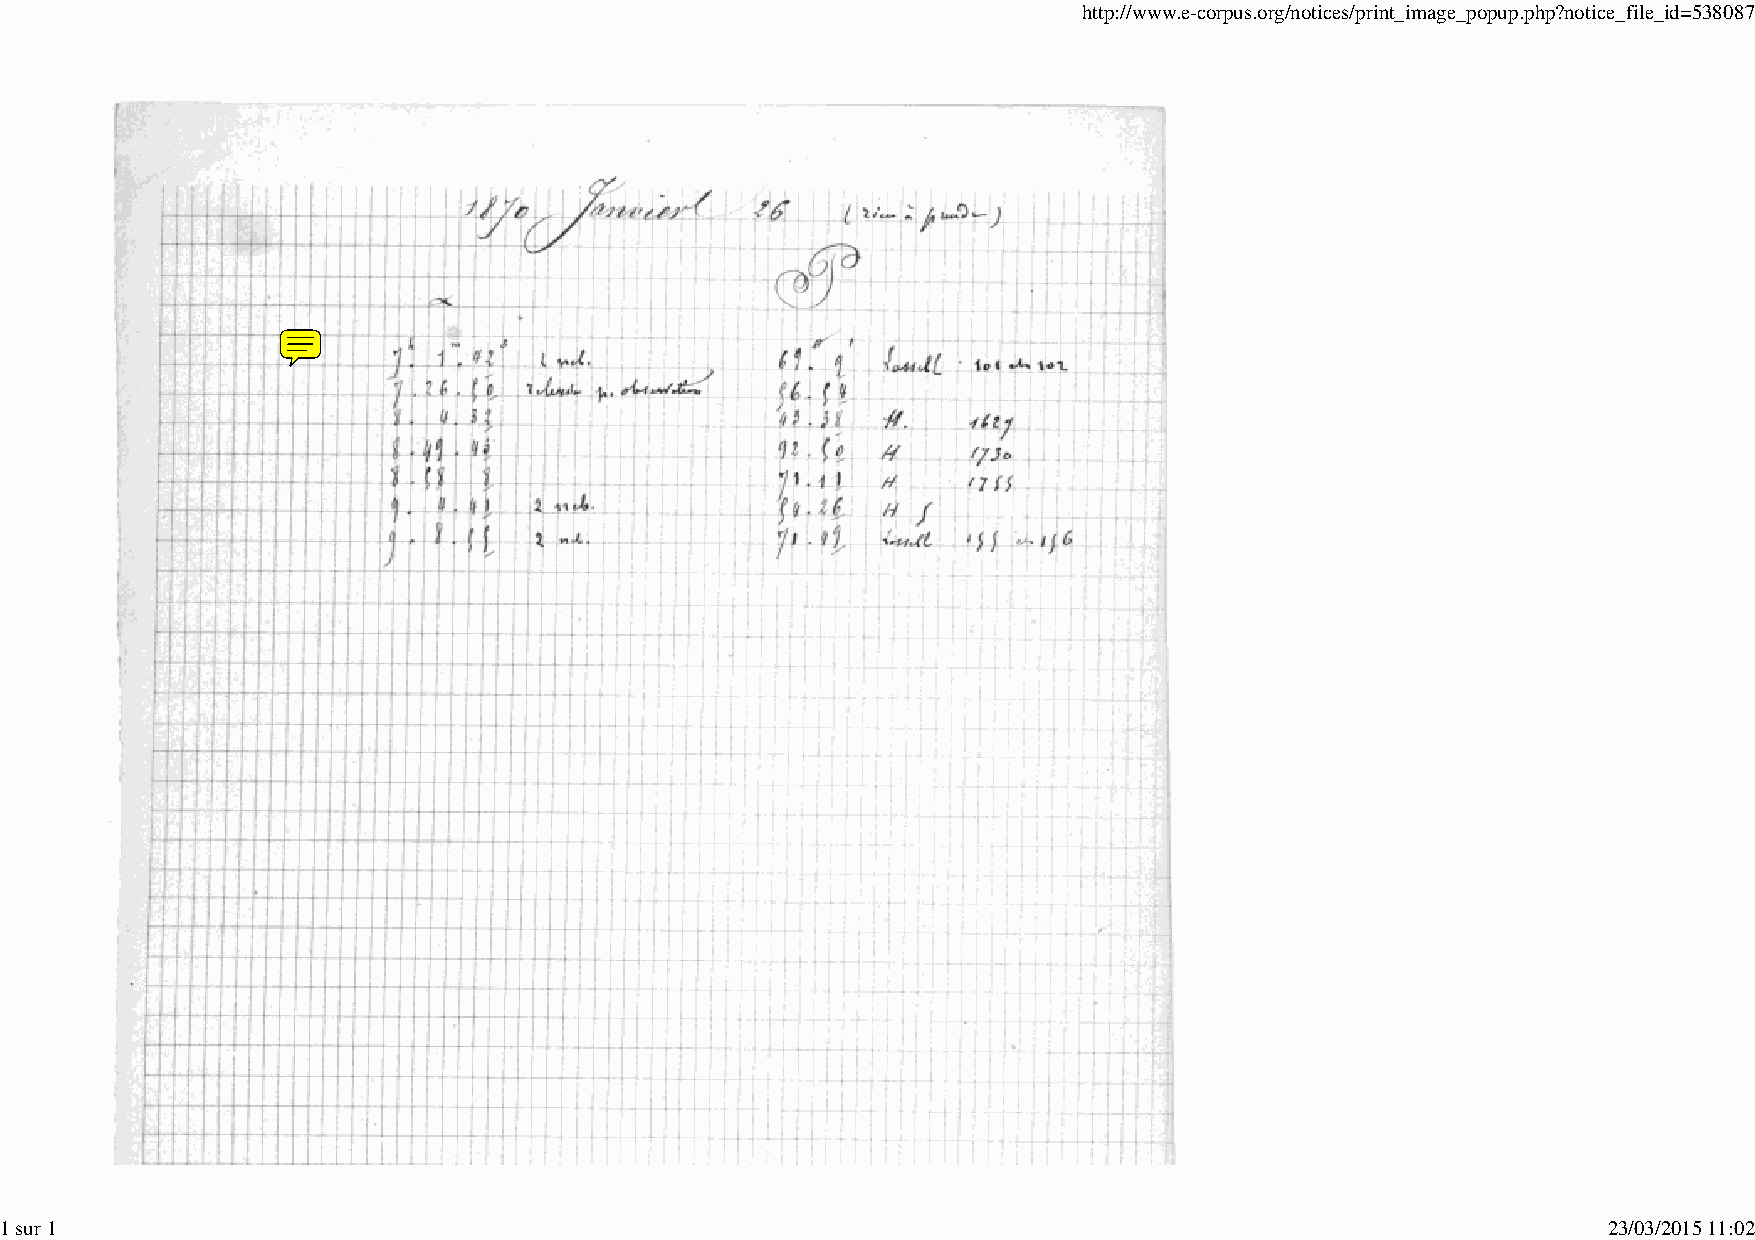
http://www.e-corpus.org/notices/print_image_popup.php?notice_file_id=538087
 1 sur 1                                                                                                   23/03/2015 11:02